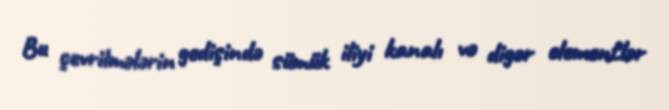
Bu çevrilmələrin gedişində sümük iliyi kanalı və digər elementlər